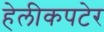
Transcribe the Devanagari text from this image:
हेलीकपटेर